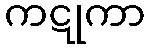
ကဋုကာ